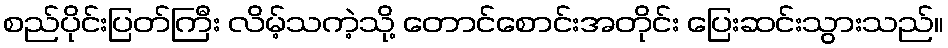
စည်ပိုင်းပြတ်ကြီး လိမ့်သကဲ့သို့ တောင်စောင်းအတိုင်း ပြေးဆင်းသွားသည်။